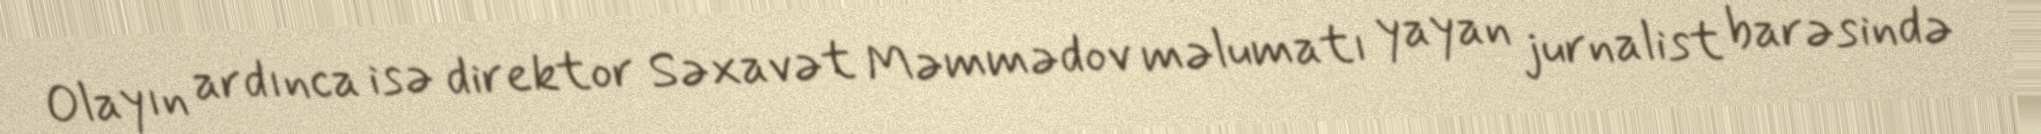
Olayın ardınca isə direktor Səxavət Məmmədov məlumatı yayan jurnalist barəsində